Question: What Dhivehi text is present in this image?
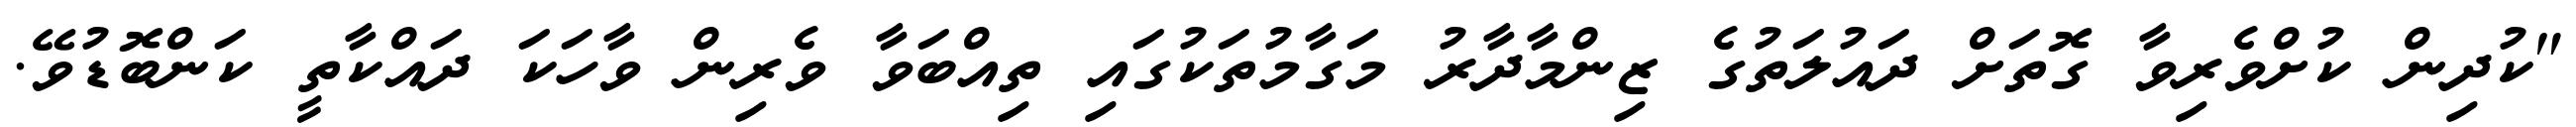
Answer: "ކުދިން ކުށްވެރިވާ ގޮތަށް ދައުލަތުގެ ޒިންމާދާރު މަގާމުތަކުގައި ތިއްބަވާ ވެރިން ވާހަކަ ދައްކާތީ ކަންބޮޑުވޭ.